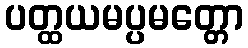
ပတ္ထယမပ္ပမတ္တော